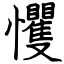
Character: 戄